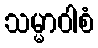
သမ္မာဝါစံ